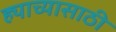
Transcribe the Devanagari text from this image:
ह्याच्यासाठी